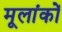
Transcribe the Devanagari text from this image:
मूलांकों